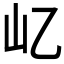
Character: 𡴭